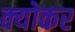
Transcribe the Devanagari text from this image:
क्योकर